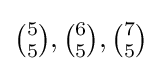
{\tbinom {5}{5}},{\tbinom {6}{5}},{\tbinom {7}{5}}